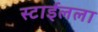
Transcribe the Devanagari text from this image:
स्टाईलला